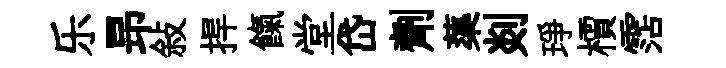
乐昻敍捍餼堂岱劑蕖剡琤檟霑